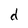
Character: d